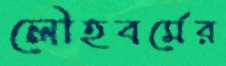
লৌহবর্মের